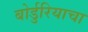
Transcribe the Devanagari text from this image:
बोर्डुरियाचा